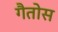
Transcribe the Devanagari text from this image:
गैतोस